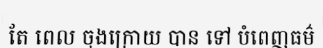
តែ ពេល ចុងក្រោយ បាន ទៅ បំពេញធម៌